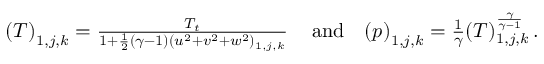
\begin{array} { r l r } { \left( T \right) _ { 1 , j , k } = \frac { T _ { t } } { 1 + \frac { 1 } { 2 } ( \gamma - 1 ) ( u ^ { 2 } + v ^ { 2 } + w ^ { 2 } ) _ { 1 , j , k } } \, } & { \mathrm { a n d } } & { \left( p \right) _ { 1 , j , k } = \frac { 1 } { \gamma } ( T ) _ { 1 , j , k } ^ { \frac { \gamma } { \gamma - 1 } } \, \mathrm { . } } \end{array}